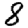
Digit: 8